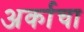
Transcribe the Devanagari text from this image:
अर्काचा